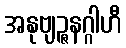
အနုဗျဉ္ဇနဂ္ဂါဟီ